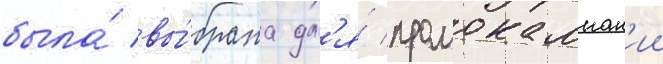
была́ вы́брана дл'я́ промокампан'ии